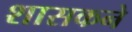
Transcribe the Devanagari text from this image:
शासकने